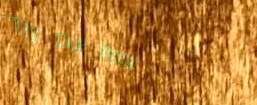
Try Our Pizza